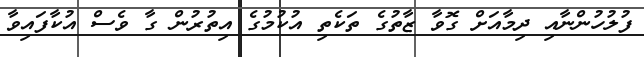
ފުލުހުންނާއި ދިމާއަށް ގޮވާ ޒާތުގެ ތަކެތި އުކުމުގެ އިތުރުން ގާ ވެސް އުކާފައިވާ